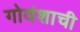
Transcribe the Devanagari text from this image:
गोवंशाची